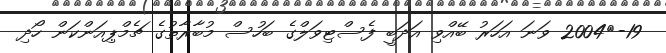
19-	2004 ވަނަ އަހަރު ބޭއްވި އަދަބީ ފެސްޓިވަލްގެ ބަހުސް މުބާރާތުގެ ޗެމްޕިއަންކަން ހޯދި